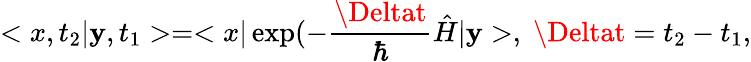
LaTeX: <x,t_{2}|\mathbf{y},t_{1}>=<x|\exp(-\frac{{\Deltat}}{{\hbar}}\hat{{H}}|\mathbf{y}>,\; \Deltat=t_{2}-t_{1},